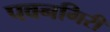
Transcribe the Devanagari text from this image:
पवनगिरी